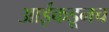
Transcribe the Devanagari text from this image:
आईकडूनच